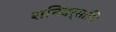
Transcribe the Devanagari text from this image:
शनिवर्सांथि